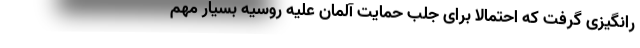
رانگیزی گرفت که احتمالا برای جلب حمایت آلمان علیه روسیه بسیار مهم